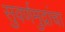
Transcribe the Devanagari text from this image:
सुवर्णमुद्रांचा